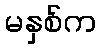
မနှစ်က